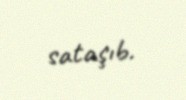
sataşıb.